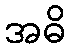
အဓိ